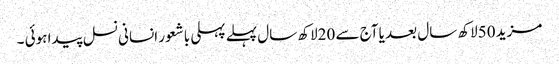
مزید 50لاکھ سال بعد یا آج سے 20لاکھ سال پہلے پہلی باشعور انسانی نسل پیدا ہوئی ۔